Annual administration report of the Bombay Presidency - 1887-1892
Year: 1887
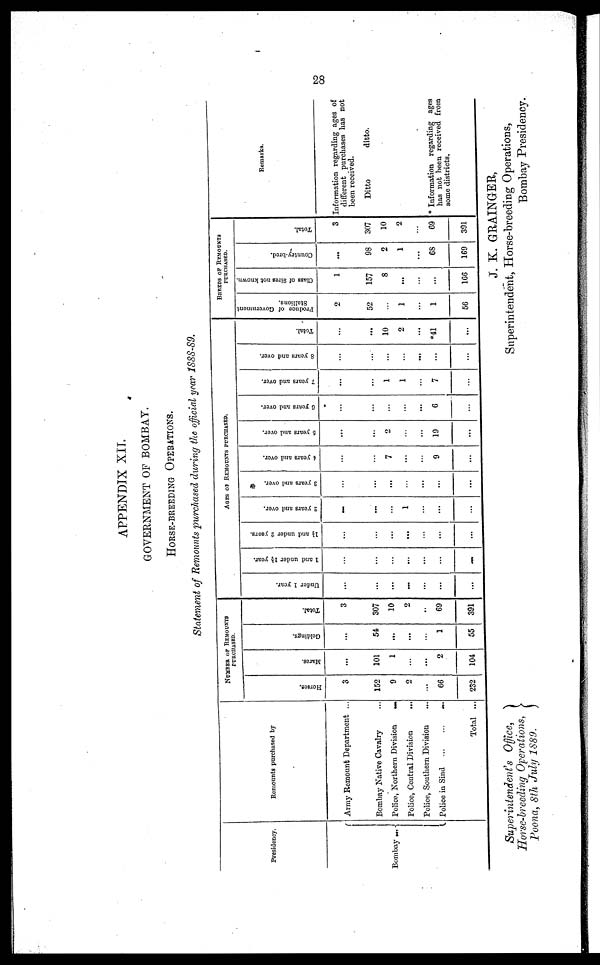
28
APPENDIX XII.
GOVERNMENT OF BOMBAY.
HORSE-BREEDING OPERATIONS.
Statement of Remounts purchased during the official year 1888-89.
Presidency.
Bombay ...
Remounts purchased by
Army Remount Department ...
Bombay Native Cavalry ...
Police, Northern Division
...
Police, Central Division
...
Police, Southern Division ...
Police in Sind
...
...
...
Total ...
NUMBER OF REMOUNTS
PURCHASED.
Horses.
3
152
9
2
...
66
232
Mares.
...
101
1
...
...
2
104
Geldings.
...
54
...
...
...
1
55
Total.
3
307
10
2
..
69
391
AGES OF REMOUNTS PURCHASED.
Under 1 year.
...
...
...
...
...
...
...
1 and under 1½ year.
...
...
...
...
...
...
...
1½
and under 2 years.
...
...
...
...
...
...
...
2 years and over.
...
...
...
1
...
...
...
3 years and over.
...
...
...
...
...
...
...
4 years and over.
...
...
7
...
...
9
...
5 years and over.
...
...
2
...
...
19
...
6 years and over.
...
...
...
...
...
6
...
7 years and over.
...
...
1
1
...
7
...
8 years and over.
...
...
...
...
...
...
Total.
...
...
10
2
...
*41
...
BREEDS OF REMOUNTS
PURCHASED.
Produce of Government
Stallions.
2
52
...
1
...
1
56
Class of Sires not known.
1
157
8
...
...
...
166
Country-bred.
...
98
2
1
...
68
169
Total.
3
307
10
2
...
69
391
Remarks.
Information regarding ages of
different purchases has not
been received.
Ditto
ditto.
* Information regarding ages
has not been received from
some districts.
Superintendent's Office,
Horse-breeding Operations,
Poona, 8th July 1889.
J. K. GRAINGER,
Superintendent, Horse-breeding Operations,
Bombay Presidency.